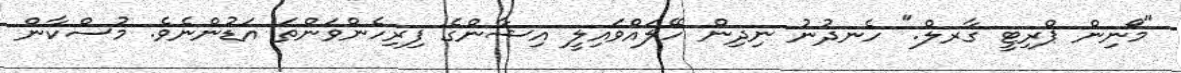
"މޯނިން ޕްރިޓީ ގާރލް." ހެނދުނު ނިދިން ހޭލައްވައިލީ އިޝާންގެ ފިރިހެންވަންތަ އަޑުންނެވެ. މުސްކާން